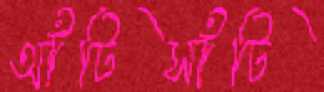
আঁটিসাঁটি